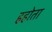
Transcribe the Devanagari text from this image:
हहोता